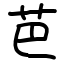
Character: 芭